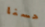
حسنا